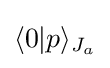
\langle 0|p\rangle _{J_{a}}